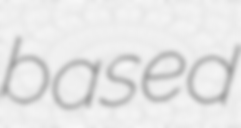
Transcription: based